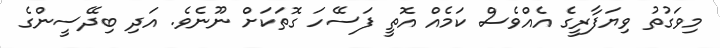
މިވަގުތު ވިޔަފާރީގެ އެއްވެސް ކަމެއް އޮތީ ފަސޭހަ ގޮތަކަށް ނޫނެވެ. އަދި ބިދޭސީންގެ